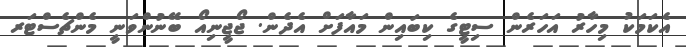
އެކަމަކު މިހާރު އަހަރެން ސިޓީގެ ކިބައިން މައާފަށް އެދެން. ޖޯޖީނިއޯ ބޭނުންވަނީ މެންޗެސްޓަރ